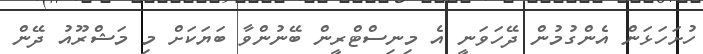
ހުށަހަޅަން އެންގުމުން ދޭހަވަނީ އެ މިނިސްޓްރީން ބޭނުންވާ ބަޔަކަށް މި މަޝްރޫއު ދޭން